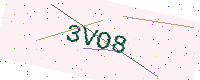
Text: 3VO8